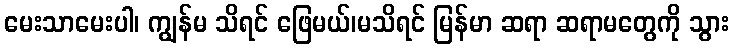
မေးသာမေးပါ၊ ကျွန်မ သိရင် ဖြေမယ်၊မသိရင် မြန်မာ ဆရာ ဆရာမတွေကို သွား